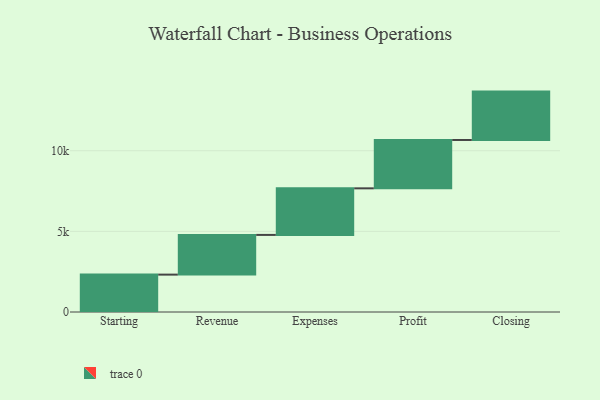
{"axis": {"x": "Step", "y": "Value"}, "legend": [""], "data": [{"x": "Starting", "y": 2318.0, "type": ""}, {"x": "Revenue", "y": 2463.0, "type": ""}, {"x": "Expenses", "y": 2888.0, "type": ""}, {"x": "Profit", "y": 3000, "type": ""}, {"x": "Closing", "y": 3000, "type": ""}]}